Annual report on the working of the lock hospitals in the Central Provinces
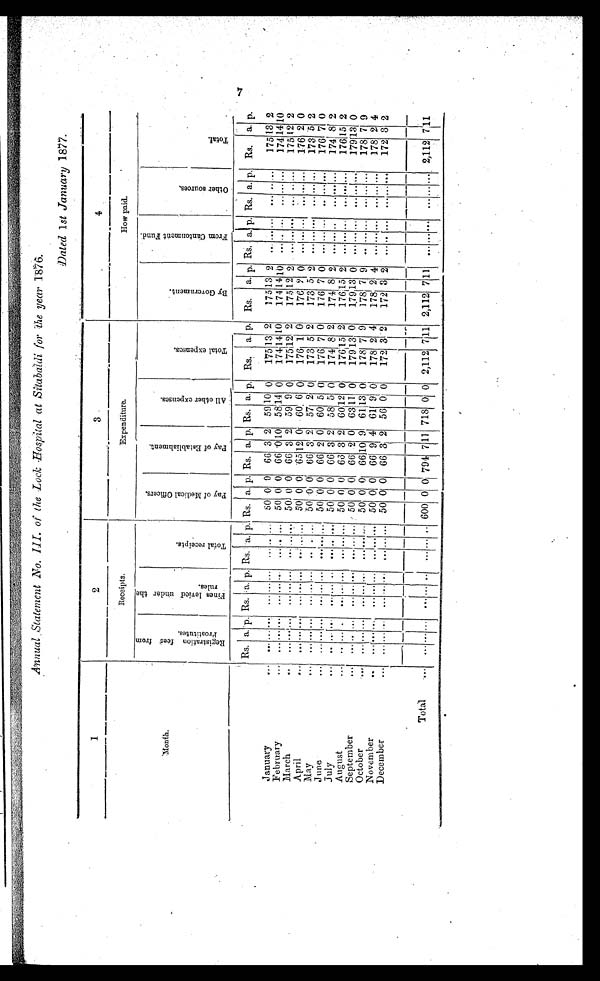
Annual Statement No. III. of the Lock Hospital at Sitabaldi for the year 1876.
Dated 1st January 1877.
2
3
4
Receipts.
Expenditure.
How paid.
Month.
R e g i s t r a t i o n f e e s f r o m P r o s t i t u t e s .
F i n e s l e v i e d u n d e r t h e r u l e s .
T o t a l r e c e i p t s .
P a y o f M e d i c a l O f f i c e r s .
P a y o f E s t a b l i s h m e n t .
A l l o t h e r e x p e n s e s .
T o t a l e x p e n s e s .
B y G o v e r n m e n t .
F r o m C a n t o n m e n t F u n d .
o t h e r s o u r c e s .
T o t a l .
Rs. a. p. Rs. a. p.
R s . a. p. Rs. a. p. Rs. a. p. Rs. a. p. Rs. a. p. Rs. a. I . Rs. a. p . Rs. a. p. Rs. a. p.
January ...
. . . . . . . . .
. . . . . . . . .
. . . . . . . . . 50 0 0 66 3 2 59 10 0
175 13 2
175 13 2 ... ... ... ... .. ...
175 13 2
February ...
. . . . . . . . .
. . . . . . . . .
. . . . . . . . . 50 0 0 66 0 10 58 1 4 0
174 1 4 10
174 14 10
. . . . . . . . . ... . . . . . . 174 14 10
March
..
. . .
... . . . ... . . .
...
... . . .
... 50 0 0 66 3 2 59 9 0
175 1 2 2
175 12 2
. . . . . . . . .
. . . . . . . . . 175 12 2
April
... ... ... . . .
. . . . . . . . .
. . . . . . . . . 50 0 0 65 12 0 60 6 0
176 1 0
176 1 0 . . . . . . . . . ... . . . . . . 176 2 0
. . .
. . . . . . . . .
. . . . . . . . . 50 0 0 66 3 2 57 2 0
173 5 2
173 5 2
5 2
May
..,
. . . . . .
... ...
... ... . . . 173
June
... ... ... ... ... ... ...
. . . . . . 50 0 0 66 2 0 60 5 0
176 7 0
. . . . . . . . .
176 7 0
. . . . . . . . .
. . . . . . . . .
July
... .. ... ,.. ... ... ... ... ... ... 50 0 0 66 3 2 58 5 0 174 8 2
174 8 2
174 8 2
. . .
...... ...
. . .
. . .
August ...
. . . . . . . . .
. . . . . . . . .
. . . . . . . . . 50 0 0 66 3 2 60 12 0
176 1 5 2
176 1 5 2
176 15 2
. . . . . . . . .
. . . . . . . . .
September ...
. . . . . . . . .
. . . . . . . . .
. . . . . . . . . 50 0 0 66 2 0 63 11 0
179 13 0
1 7 6 1 3 0
. . . . . . . . .
. . . . . . . . . 179 13 0
October ...
. . . . . . . . .
. . . . . . . . .
. . . . . . . . . 50 0 0 66 10 9 61 13 0
178 7 9
1 7 8
7 9
. . . . . . . . .
. . . . . . . . . 178 7 9
November
..
. . .
... ... ... ... ...
. . .
...
. . . 50 0 0 66 9 4 61 9 0
178 2 4
178 2 4
178 2 4
. . . . . . . . .
. . . . . . . . .
D e c e m b e r . . .
. . . . . . . . .
. . . . . . . . .
. . . . . . . . . 50 0 0 66 3 2 56 0 0
172 3 2
172 3 2
. . . . . .
. . . . . . . . . 172 3 2
. . .
T o t a l . . . .
. . . . . . . . .
. . .
. . . . . .
. . .
. . . . . .
600 0 0 794 7 11 718 0 0 2,112 7 1 1 2,112 7 11 ... . . . . . . ...
. . .
... 2,112 7 1 1